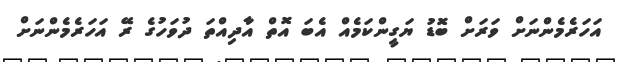
އަހަރެމެންނަށް ވަރަށް ބޮޑު ޔަގީންކަމެއް އެބަ އޮތް އާދިއްތަ ދުވަހުގެ ރޭ އަހަރެމެންނަށް